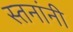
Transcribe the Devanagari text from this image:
स्तनांनी